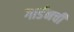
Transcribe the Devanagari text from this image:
गार्डनची